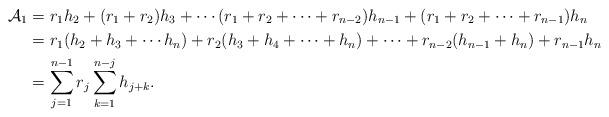
LaTeX: \begin{align*}\mathcal{A}_1&=r_1h_2+(r_1+r_2)h_3+\cdots (r_1+r_2+\cdots +r_{n-2})h_{n-1}+(r_1+r_2+\cdots +r_{n-1})h_n \\&=r_1(h_2+h_3+\cdots h_n)+r_2(h_3+h_4+\cdots +h_n)+\cdots +r_{n-2}(h_{n-1}+h_n)+r_{n-1}h_n \\&=\sum \limits_{j=1}^{n-1}r_j\sum \limits_{k=1}^{n-j}h_{j+k}.\end{align*}